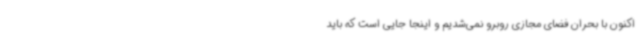
اکنون با بحران فضای مجازی روبرو نمی‌شدیم و اینجا جایی است که باید